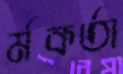
র্মকর্তা